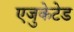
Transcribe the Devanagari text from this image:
एजुकेटेड